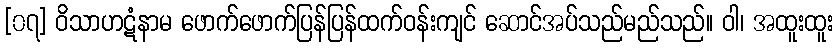
[၀၇] ဝိသာဟဋံနာမ ဖောက်ဖောက်ပြန်ပြန်ထက်ဝန်းကျင် ဆောင်အပ်သည်မည်သည်။ ဝါ၊ အထူးထူး